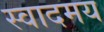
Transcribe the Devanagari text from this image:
स्वादमय